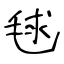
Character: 毬